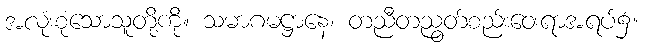
အလုံးစုံသောသူတို့ကို။ သမာဂမဋ္ဌာနေ၊ တညီတညွတ်စည်းဝေးရာအရပ်၌။